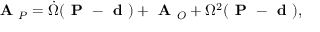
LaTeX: { \textbf { A } } _ { P } = { \dot { \Omega } } ( { \textbf { P } } - { \textbf { d } } ) + { \textbf { A } } _ { O } + \Omega ^ { 2 } ( { \textbf { P } } - { \textbf { d } } ) ,